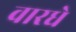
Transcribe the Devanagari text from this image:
वारधे